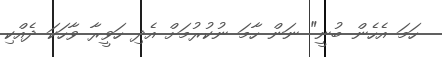
ހަމަ އެހެން ބުނީ" ނަން ހާމަ ނުކުރުމަށް އެދި ހަވީރާ ވާހަކަ ދެއްކި